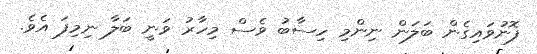
ފޮނުވައިގެން ބަލަން ނިންމި ހިސާބު ވެސް މިހާރު ވަނީ ބަލާ ނިމިފަ އެވެ.